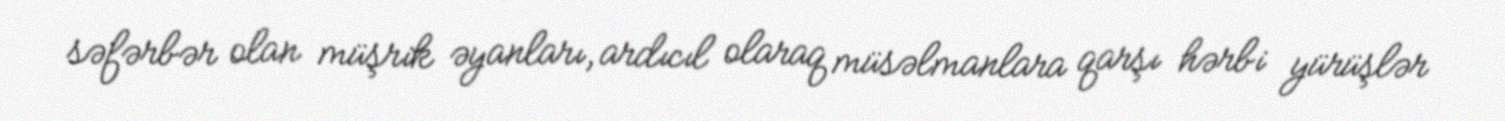
səfərbər olan müşrik əyanları, ardıcıl olaraq müsəlmanlara qarşı hərbi yürüşlər